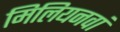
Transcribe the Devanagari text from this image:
मिलियनवां